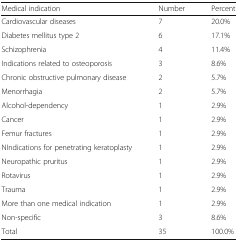
| Medical indication | Number | Percent |
 | --- | --- | --- |
 | Cardiovascular diseases | 7 | 20.0% |
 | Diabetes mellitus type 2 | 6 | 17.1% |
 | Schizophrenia | 4 | 11.4% |
 | Indications related to osteoporosis | 3 | 8.6% |
 | Chronic obstructive pulmonary disease | 2 | 5.7% |
 | Menorrhagia | 2 | 5.7% |
 | Alcohol-dependency | 1 | 2.9% |
 | Cancer | 1 | 2.9% |
 | Femur fractures | 1 | 2.9% |
 | NIndications for penetrating keratoplasty | 1 | 2.9% |
 | Neuropathic pruritus | 1 | 2.9% |
 | Rotavirus | 1 | 2.9% |
 | Trauma | 1 | 2.9% |
 | More than one medical indication | 1 | 2.9% |
 | Non-specific | 3 | 8.6% |
 | Total | 35 | 100.0% |